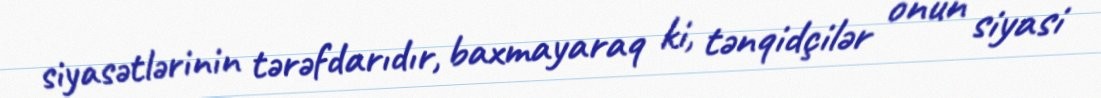
siyasətlərinin tərəfdarıdır, baxmayaraq ki, tənqidçilər onun siyasi